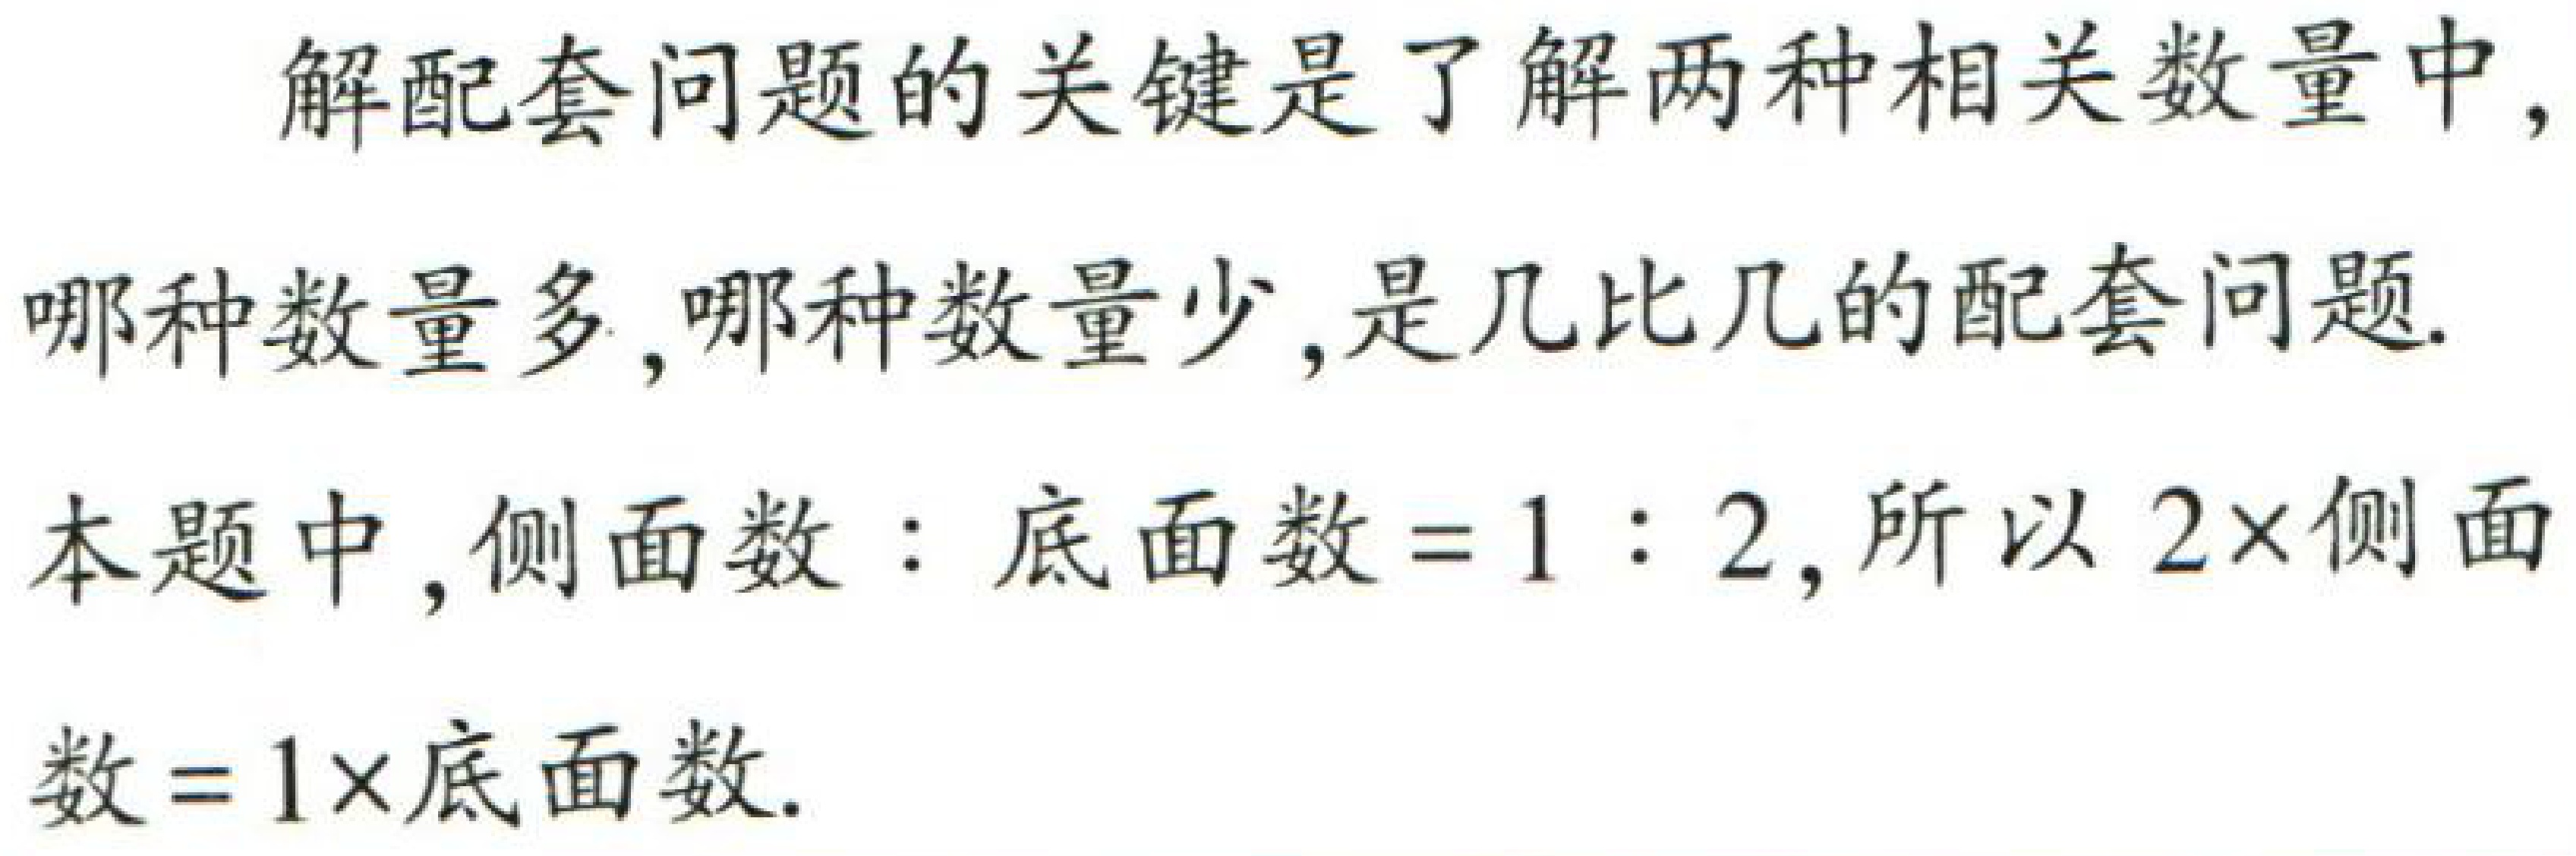
解配套问题的关键是了解两种相关数量中,

哪种数量多,哪种数量少,是几比几的配套问题.

本题中, 侧面数：底面数 = 1：2, 所以 \(2\times\)侧面

数 = \(1\times\)底面数.